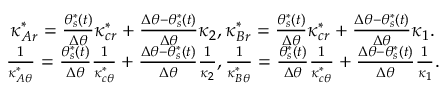
\begin{array} { c } { \kappa _ { A r } ^ { * } = \frac { \theta _ { s } ^ { * } ( t ) } { \Delta \theta } \kappa _ { c r } ^ { * } + \frac { \Delta \theta - \theta _ { s } ^ { * } ( t ) } { \Delta \theta } \kappa _ { 2 } , \kappa _ { B r } ^ { * } = \frac { \theta _ { s } ^ { * } ( t ) } { \Delta \theta } \kappa _ { c r } ^ { * } + \frac { \Delta \theta - \theta _ { s } ^ { * } ( t ) } { \Delta \theta } \kappa _ { 1 } . } \\ { \frac { 1 } { \kappa _ { A \theta } ^ { * } } = \frac { \theta _ { s } ^ { * } ( t ) } { \Delta \theta } \frac { 1 } { \kappa _ { c \theta } ^ { * } } + \frac { \Delta \theta - \theta _ { s } ^ { * } ( t ) } { \Delta \theta } \frac { 1 } { \kappa _ { 2 } } , \frac { 1 } { \kappa _ { B \theta } ^ { * } } = \frac { \theta _ { s } ^ { * } ( t ) } { \Delta \theta } \frac { 1 } { \kappa _ { c \theta } ^ { * } } + \frac { \Delta \theta - \theta _ { s } ^ { * } ( t ) } { \Delta \theta } \frac { 1 } { \kappa _ { 1 } } . } \end{array}